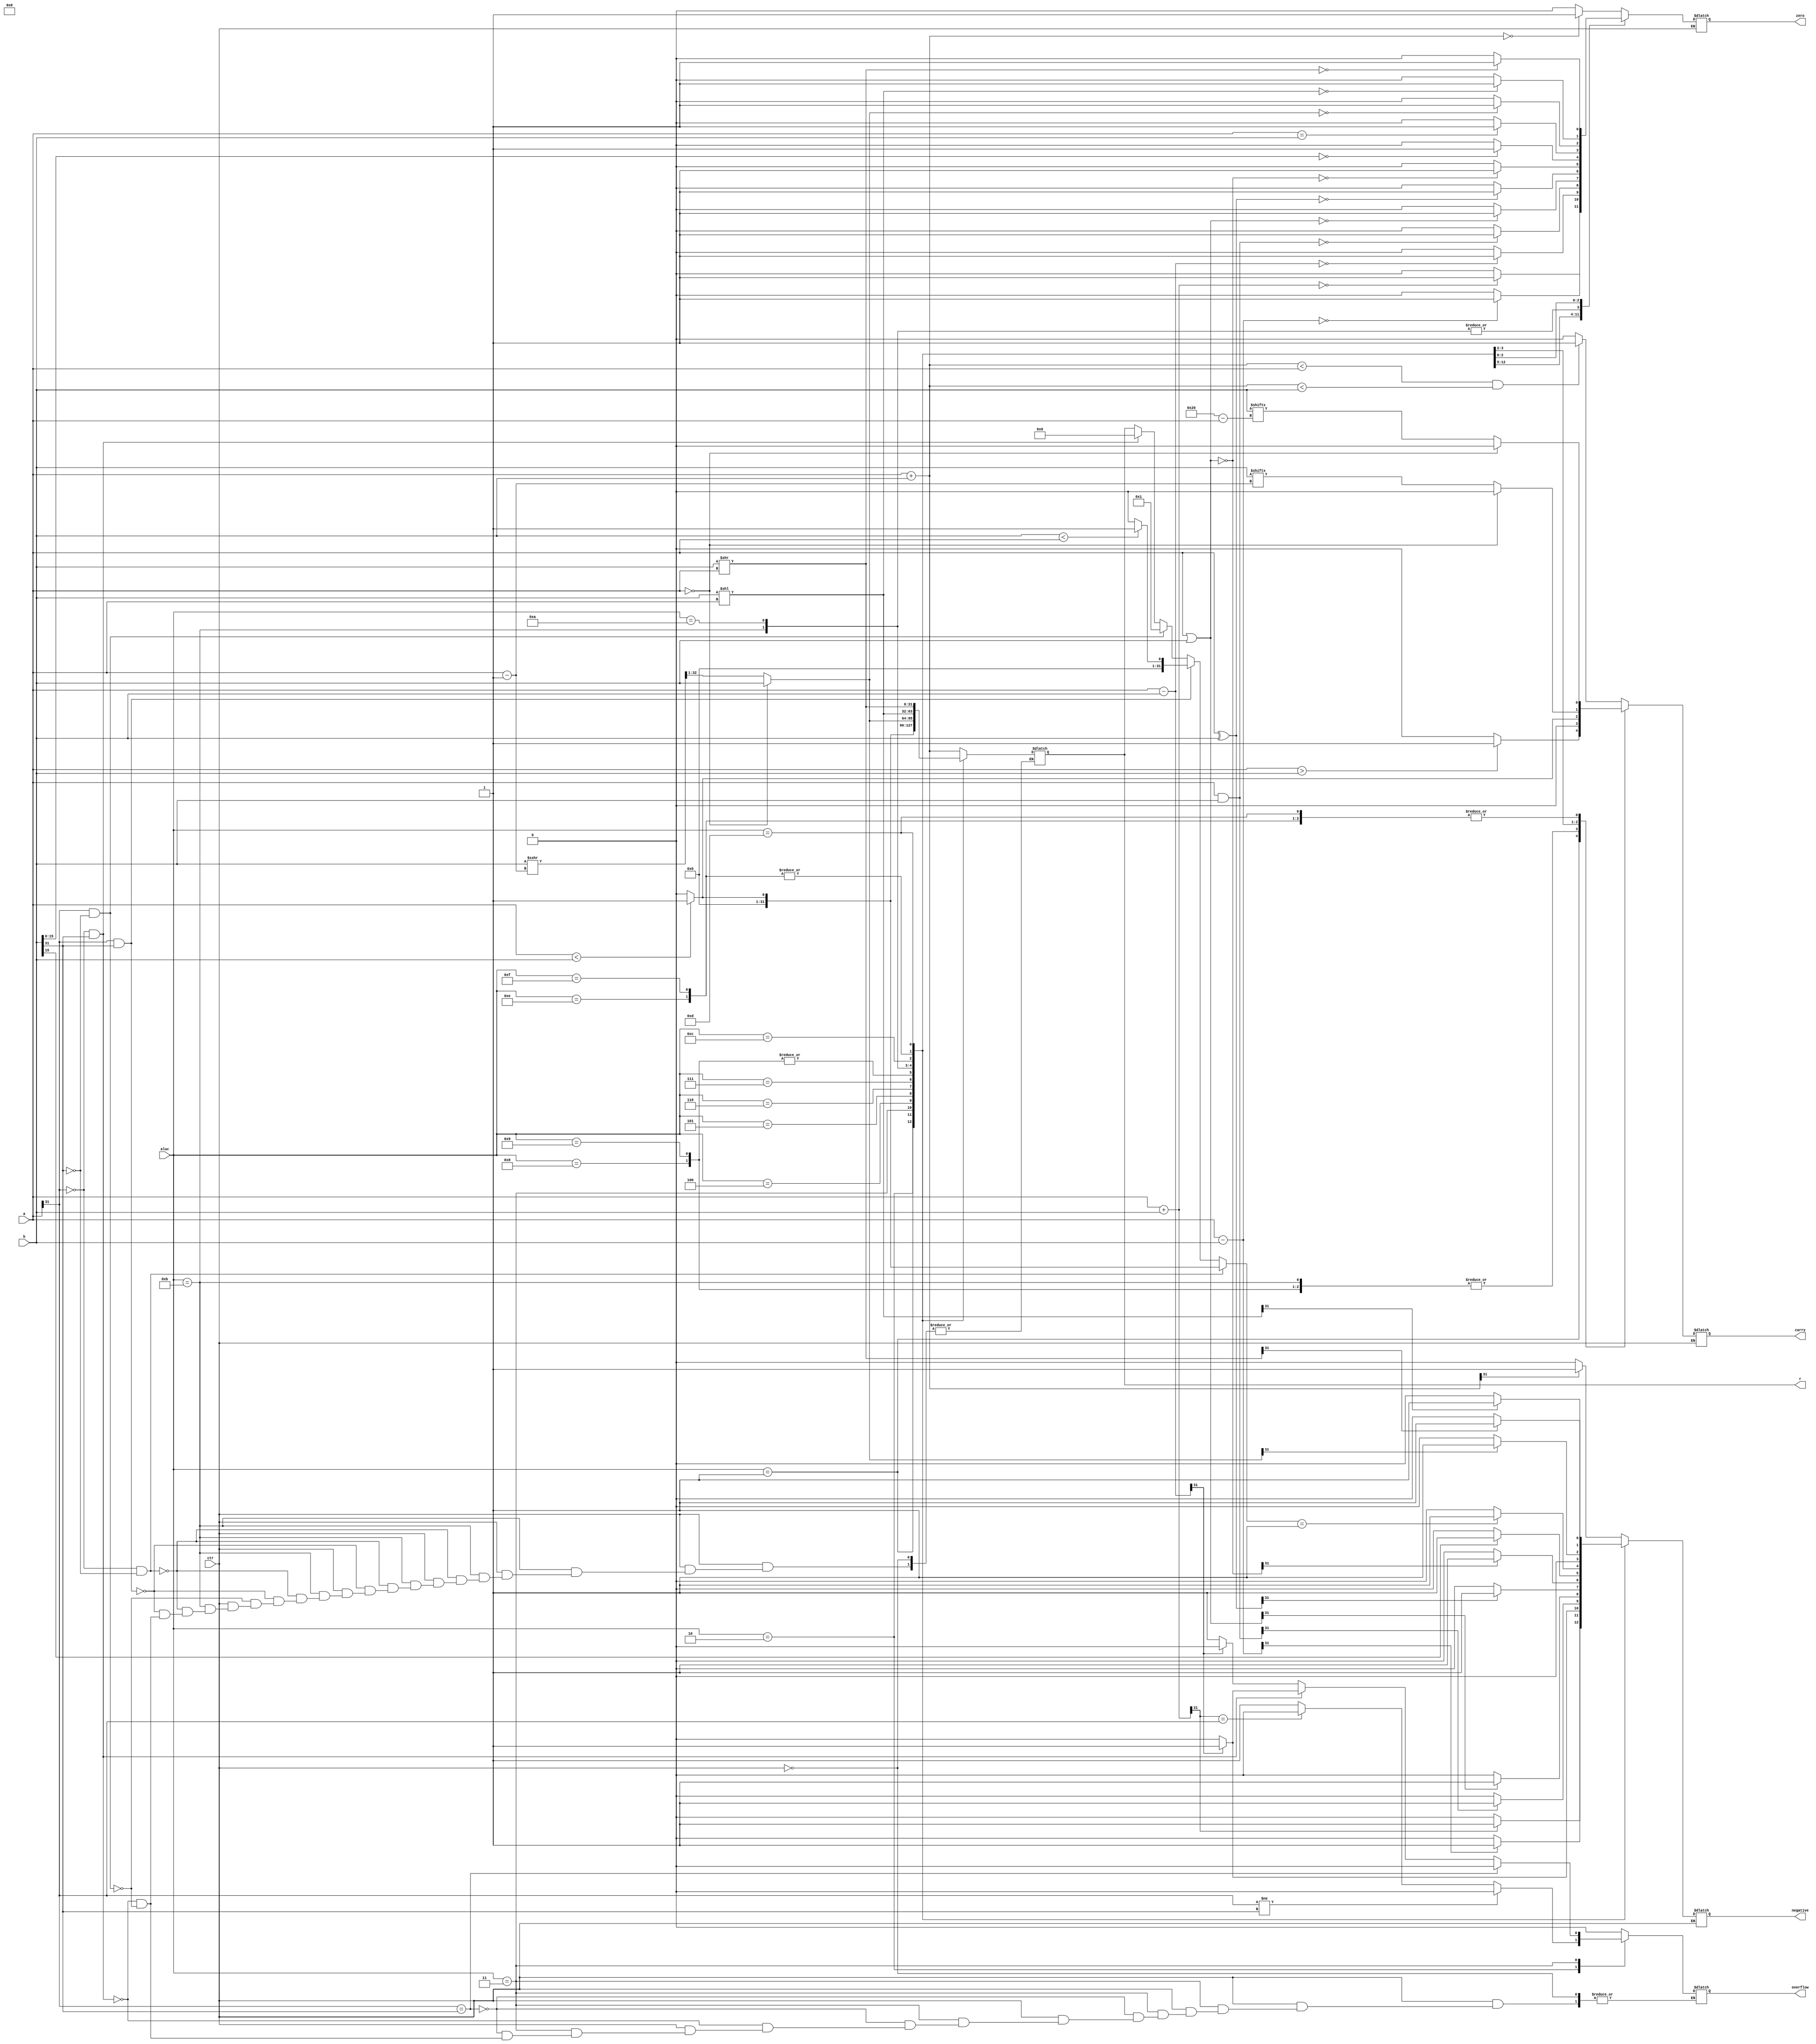
`timescale 1ns / 1ps
//////////////////////////////////////////////////////////////////////////////////
// Company: 
// Engineer: 
// 
// Design Name: 
// Module Name: alu
// Project Name: 
// Target Devices: 
// Tool Versions: 
// Description: 
// 
// Dependencies: 
// 
// Revision:
// Revision 0.01 - File Created
// Additional Comments:
// 
//////////////////////////////////////////////////////////////////////////////////


module alu(ctr,a,b,aluc,r,zero,carry,negative,overflow);
    input ctr;
    input [31:0] a;
    input [31:0] b;
    input [3:0] aluc;
    output reg [31:0] r;
    output reg zero;
    output reg carry;
    output reg negative;
    output reg overflow;
    
    wire signed [31:0] sa=a,sb=b;
    always@(*)begin
    if(ctr==1)begin
    case(aluc)
    4'b0000:begin
            r=$unsigned(a)+$unsigned(b);
            if(r==0)zero=1; else zero=0; 
            if(r<a&&r<b)carry=1; else carry=0;
            if(r[31]==1)negative=1; else negative=0;    
            overflow=0;
            end
    4'b0010:begin
            r=$signed(a)+$signed(b);
            if(r==0)zero=1; else zero=0; 
            carry=0;
            if(r[31]==1)negative=1; else negative=0;
            if(a[31]!=b[31])overflow=0;
            else begin if(r[31]==a[31]) overflow=0; else overflow =1;end
            end
    4'b0001:begin
            r=$unsigned(a)-$unsigned(b);
             if(r==0)zero=1; else zero=0; 
             if(a>b)carry=1; else carry=0;
             if(r[31]==1)negative=1; else negative=0;    
             overflow=0;
            end
    4'b0011:begin
            r=$signed(a)-$signed(b);
            if(r==0)zero=1; else zero=0; 
            carry=0;
            if(r[31]==1)negative=1; else negative=0;
            if(a[31]==b[31])overflow=0;
            else if(a[31]==0&&b[31]==1) begin if(r[31]==0)overflow=0; else overflow=1;end
            else if(a[31]==1&&b[31]==0) begin if(r[31]==1)overflow=0; else overflow=1;end
            end
    4'b0100:begin
            r=a&b;
            if(r==0)zero=1;else zero=0;
            carry=0;
            if(r[31]==1)negative=1;else negative=0;
            overflow=0;
            end
    4'b0101:begin
            r=a|b;
            if(r==0)zero=1;else zero=0;
            carry=0;
            if(r[31]==1)negative=1;else negative=0;
            overflow=0;
            end
    4'b0110:begin
            r=a^b;
            if(r==0)zero=1;else zero=0;
            carry=0;
            if(r[31]==1)negative=1;else negative=0;
            overflow=0;
            end
    4'b0111:begin
            r=~(a|b);
            if(r==0)zero=1;else zero=0;
            carry=0;
            if(r[31]==1)negative=1;else negative=0;
            overflow=0;
            end
    4'b1000:begin
            r={b[15:0],16'b0};
            if(r==0)zero=1;else zero=0;
            carry=0; 
            if(r[31]==1)negative=1;else negative=0;
            overflow=0;
            end
    4'b1001:begin
            r={b[15:0],16'b0};
            if(r==0)zero=1;else zero=0;
            carry=0; 
            if(r[31]==1)negative=1;else negative=0;
            overflow=0;
            end 
    4'b1011:begin
            if(a[31]==0&&b[31]==0) if(a<b)r=1;else r=0;
            else if(a[31]==1&&b[31]==1) if(b<a)r=1;else r=0;
            else if(a[31]==1&&b[31]==0)r=1;
            else if(a[31]==0&&b[31]==1)r=0;
            if(a==b)zero=1;else zero=0;
            carry=0; 
            if(r==1)negative=1;else negative=0;
            overflow=0;
            end
    4'b1010:begin
            if(a<b)r=1;else r=0;
            if(a==b)zero=1;else zero=0;
            if(a<b)carry=1;else carry=0;
            if(r[31]==1)negative=1;else negative=0;
            overflow=0;
            end
    4'b1100:begin
            if(a==0) {r[31:0],r[32]}={b,1'b0};
            else {r[31:0],r[32]}=sb>>>(a-1);
            if(r==0)zero=1;else zero=0;
            if(a==0)carry=0;
            else carry=b[a-1];
            if(r[31]==1)negative=1;else negative=0;
            overflow=0; 
            end  
    4'b1110:begin
            r=b<<a;
            if(r==0)zero=1;else zero=0;
            if(a==0)carry=0;
            else carry=b[32-a];
            if(r[31]==1)negative=1;else negative=0;
            overflow=0;
            end
    4'b1111:begin
             r=b<<a;
             if(r==0)zero=1;else zero=0;
             if(a==0)carry=0;
             else carry=b[32-a];
             if(r[31]==1)negative=1;else negative=0;
             overflow=0;
             end  
    4'b1101:begin
            r=b>>a;
            if(r==0)zero=1;else zero=0;
            if(a==0)carry=0;
            else carry=b[32-a];
            if(r[31]==1)negative=1;else negative=0;
            overflow=0;
            end
    endcase 
    end
    end
endmodule